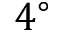
4 ^ { \circ }